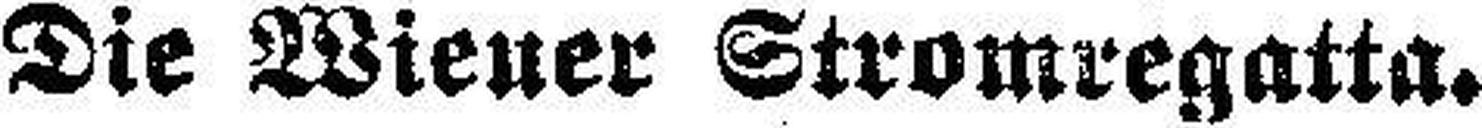
Die Wiener Stromregatta.